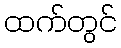
ထက်တွင်